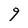
Character: 9